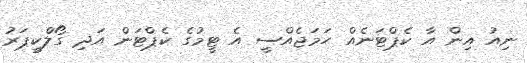
ނިއު އިން އާ ކެޕްޓަނެއް ހަމަޖެއްސީ އެ ޓީމުގެ ކެޕްޓަން އަދި ގޯލްކީޕަރު